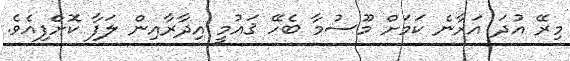
މިރޭ އުދަ އަރާނެ ކަމަށް މޫސުމާ ބެހޭ ޤައުމީ އިދާރާއިން ލަފާ ކޮށްފިއެވެ.